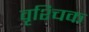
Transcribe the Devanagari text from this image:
वृश्‍चिक